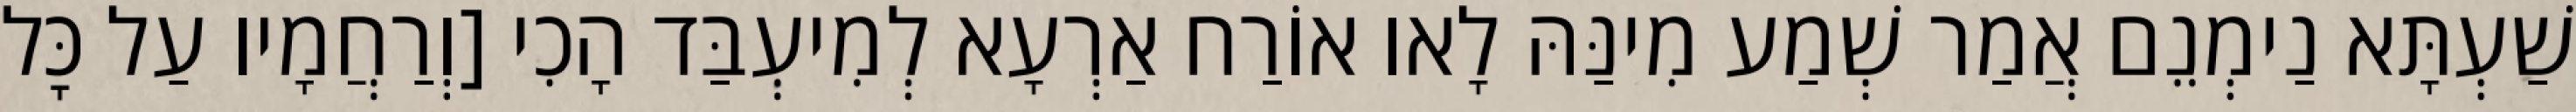
שַׁעְתָּא נַימְנֵם אֲמַר שְׁמַע מִינַּהּ לָאו אוֹרַח אַרְעָא לְמִיעְבַּד הָכִי [וְרַחֲמָיו עַל כׇּל